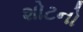
શોટનો